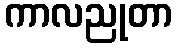
ကာလညုတာ